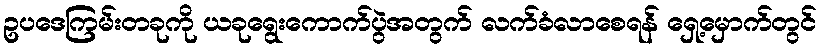
ဥပဒေကြမ်းတခုကို ယခုရွေးကောက်ပွဲအတွက် လက်ခံလာစေရန် ရှေ့မှောက်တွင်